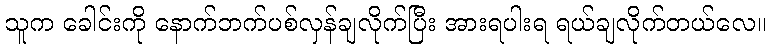
သူက ခေါင်းကို နောက်ဘက်ပစ်လှန်ချလိုက်ပြီး အားရပါးရ ရယ်ချလိုက်တယ်လေ။